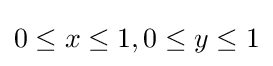
0\leq x\leq 1,0\leq y\leq 1